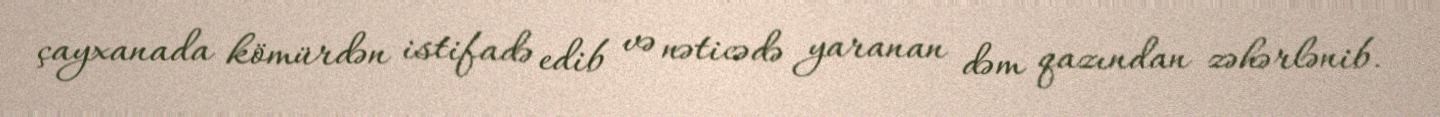
çayxanada kömürdən istifadə edib və nəticədə yaranan dəm qazından zəhərlənib.